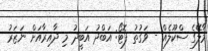
މާލޭގެ ސްކޫލެއް - ވަގުތު ފޮޓޯ: އަބްދު އަބީދު މި ދާއިރާއަށް ނަޒަރު